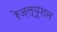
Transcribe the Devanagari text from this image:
रेज़ल्यूशन